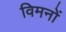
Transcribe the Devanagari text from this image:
विमनों